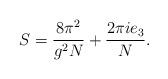
LaTeX: \begin{align*}S = \frac {8 \pi^2}{g^2 N} + \frac {2 \pi i e_3}{N}.\end{align*}